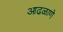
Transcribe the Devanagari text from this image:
आढळाणे